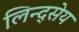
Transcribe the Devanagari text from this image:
लिन्द्सेय